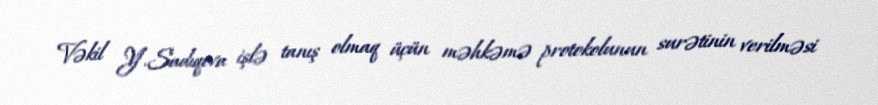
Vəkil Y.Sadıqova işlə tanış olmaq üçün məhkəmə protokolunun surətinin verilməsi